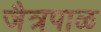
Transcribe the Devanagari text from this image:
जैत्रपाळ